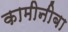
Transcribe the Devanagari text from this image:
कामीनीबा